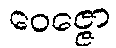
ဝေဇ္ဇော